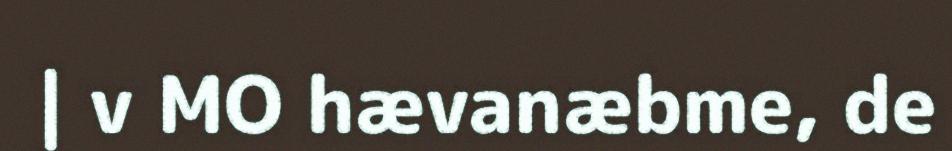
| v MO hævanæbme, de